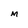
Character: M